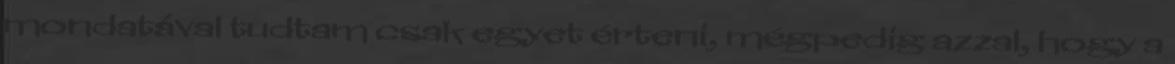
mondatával tudtam csak egyet érteni, mégpedig azzal, hogy a